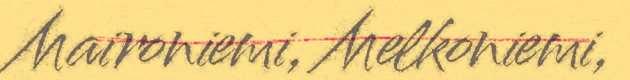
Maironiemi, Melkoniemi,